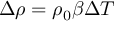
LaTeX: \Delta \rho = \rho _ { 0 } \beta \Delta T